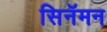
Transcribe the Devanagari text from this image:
सिनॅमन